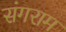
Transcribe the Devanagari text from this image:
संगराम